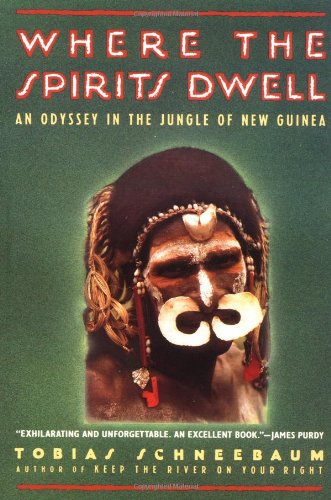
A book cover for Where the Spirits Dwell: An Odyssey in the Jungle of New Guinea; Tobias Schneebaum; Travel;